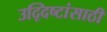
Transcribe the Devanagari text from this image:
उद्‍दिष्टांसाठी